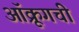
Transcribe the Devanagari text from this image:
ऑक्रूगची